Plague in India, 1896, 1897 - Volume 1
Year: 1896
Disease focus: Plague
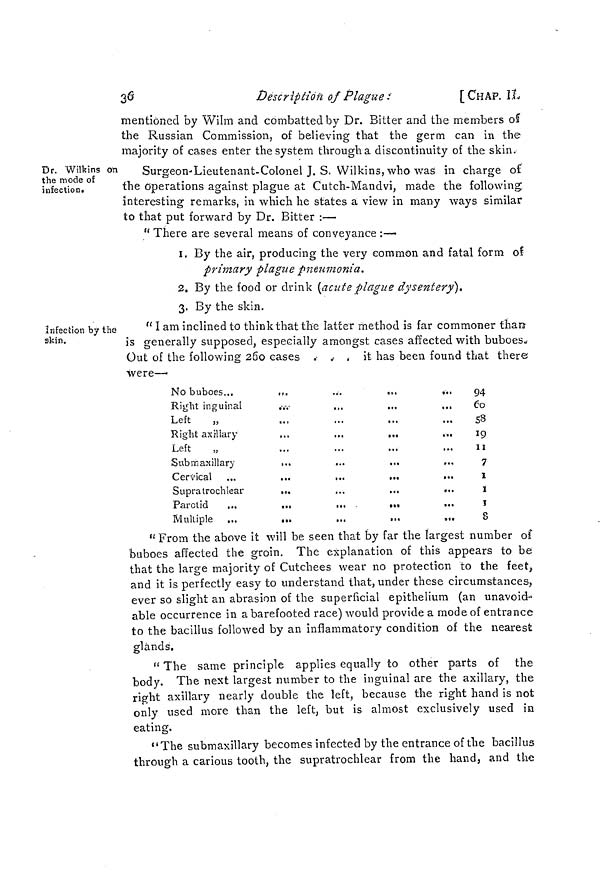
30
Description of Plague
[ CHAP. IL
mentioned by Wilm and combatted by Dr. Bitter and the members of
the Russian Commission, of believing that the germ can in the
majority of cases enter the system through a discontinuity of the skin.
Dr. Wilkins on
the mode of
infection.
Surgeon-Lieutenant-Colonel J. S. Wilkins, who was in charge of
the operations against plague at Cutch-Mandvi, made the following,
interesting remarks, in which he states a view in many ways similar
to that put forward by Dr. Bitter :—
" There are several means of conveyance :—
1. By the air, producing the very common and fatal form of
primary plague pneumonia.
2. By the food or drink (acute plague dysentery].
3. By the skin.
Infection by the
skin.
" I am inclined to think that the latter method is far commoner than
is generally supposed, especially amongst cases affected with buboes.
Out of the following 260 cases . . . it has been found that there
were—
No buboes...
...
...
...
...
Right inguinal
...
...
Left
„
Right axillary
...
...
...
Left
Submaxillary
...
Cervical ...
...
...
...
...
Supratrochlear
...
...
...
...
Parotid
...
...
...
...
...
Multiple ...
...
94
Co
S8
19
I!
7
1
I
T
8
" From the above it will be seen that by far the largest number of
buboes affected the groin. The explanation of this appears to be
that the large majority of Cutchees wear no protection to the feet,
and it is perfectly easy to understand that, under these circumstances,
ever so slight an abrasion of the superficial epithelium (an unavoid-
able occurrence in a barefooted race) would provide a mode of entrance
to the bacillus followed by an inflammatory condition of the nearest
glands.
" The same principle applies equally to other parts of the
body. The next largest number to the inguinal are the axillary, the
right axillary nearly double the left, because the right hand is not
only used more than the left, but is almost exclusively used in
eating.
"The submaxillary becomes infected by the entrance of the bacillus
through a carious tooth, the supratrochlear from the hand, and the